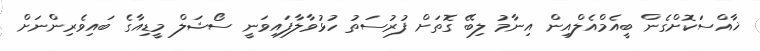
ޚާއްސަކޮށްގެން ބީއެމްއެލްއިން އިނާމު ލިބޭ ގޮތަށް ފުރުސަތު ހުޅުވާލާފައިވަނީ ސޯޝަލް މީޑިއާގެ ބައިވެރިންނަށް